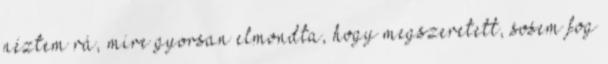
néztem rá, mire gyorsan elmondta, hogy megszeretett, sosem fog